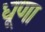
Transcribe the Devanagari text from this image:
धूणा